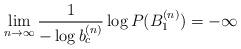
LaTeX: \begin{align*}\lim_{n\to\infty}\frac{1}{-\log b_c^{(n)}}\log P(B_1^{(n)})=-\infty\end{align*}